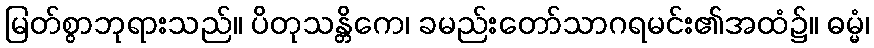
မြတ်စွာဘုရားသည်။ ပိတုသန္တိကေ၊ ခမည်းတော်သာဂရမင်း၏အထံ၌။ ဓမ္မံ၊